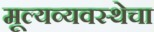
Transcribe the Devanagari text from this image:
मूल्यव्यवस्थेचा